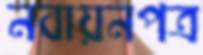
নবায়নপত্র